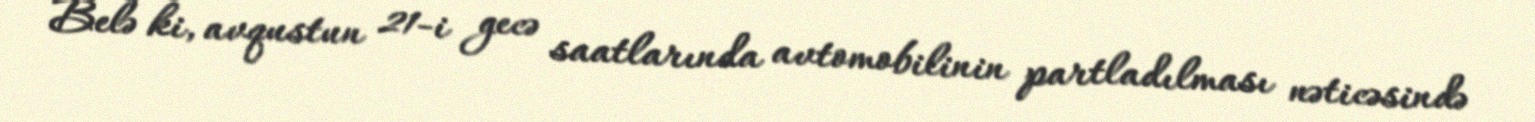
Belə ki, avqustun 21-i gecə saatlarında avtomobilinin partladılması nəticəsində